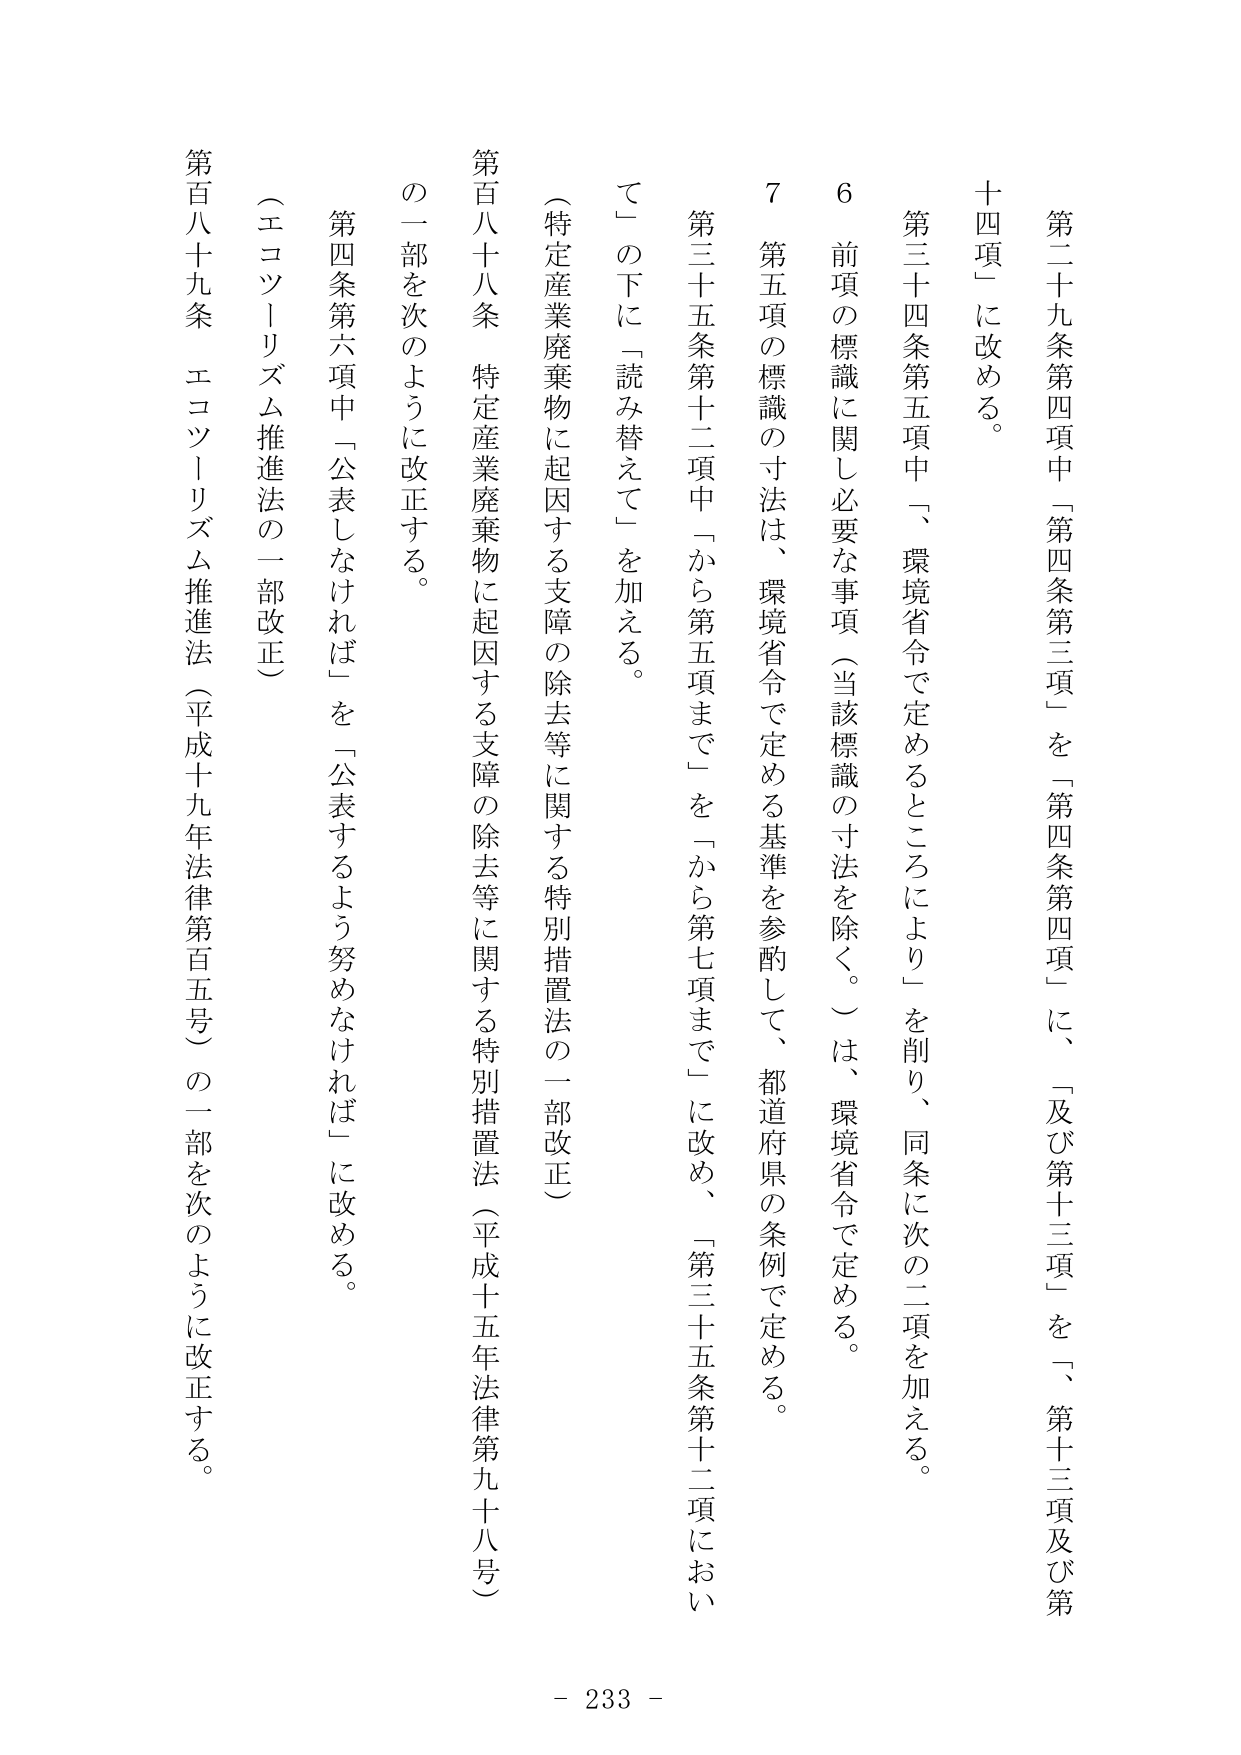
第二十九条第四項中「第四条第三項」を「第四条第四項」に、「及び第十三項」を「、第十三項及び第十四項」に改める。

第三十四条第五項中「、環境省令で定めるところにより」を削り、同条に次の二項を加える。

6 前項の標識に関し必要な事項（当該標識の寸法を除く。）は、環境省令で定める。

7 第五項の標識の寸法は、環境省令で定める基準を参酌して、都道府県の条例で定める。

第三十五条第十二項中「から第五項まで」を「から第七項まで」に改め、「第三十五条第十二項において」の下に「読み替えて」を加える。

（特定産業廃棄物に起因する支障の除去等に関する特別措置法の一部改正）

第百八十八条 特定産業廃棄物に起因する支障の除去等に関する特別措置法（平成十五年法律第九十八号）の一部を次のように改正する。

第四条第六項中「公表しなければ」を「公表するよう努めなければ」に改める。

（エコツーリズム推進法の一部改正）

第百八十九条 エコツーリズム推進法（平成十九年法律第百五号）の一部を次のように改正する。

- 233 -